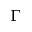
\Gamma